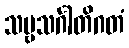
သဗ္ဗသင်္ဂါတိဂတံ